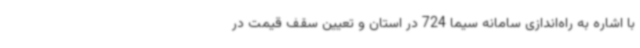
با اشاره به راه‌اندازی سامانه سیما 724 در استان و تعیین سقف قیمت در